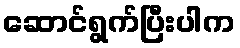
ဆောင်ရွက်ပြီးပါက